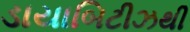
ડાયાબિટીઝથી